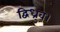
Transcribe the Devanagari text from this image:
द्विध्रुव।